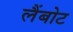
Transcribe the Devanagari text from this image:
लैंबोट